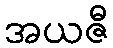
အယဇီ